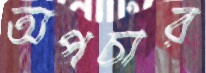
অপচার